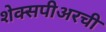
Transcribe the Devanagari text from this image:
शेक्सपीअरची